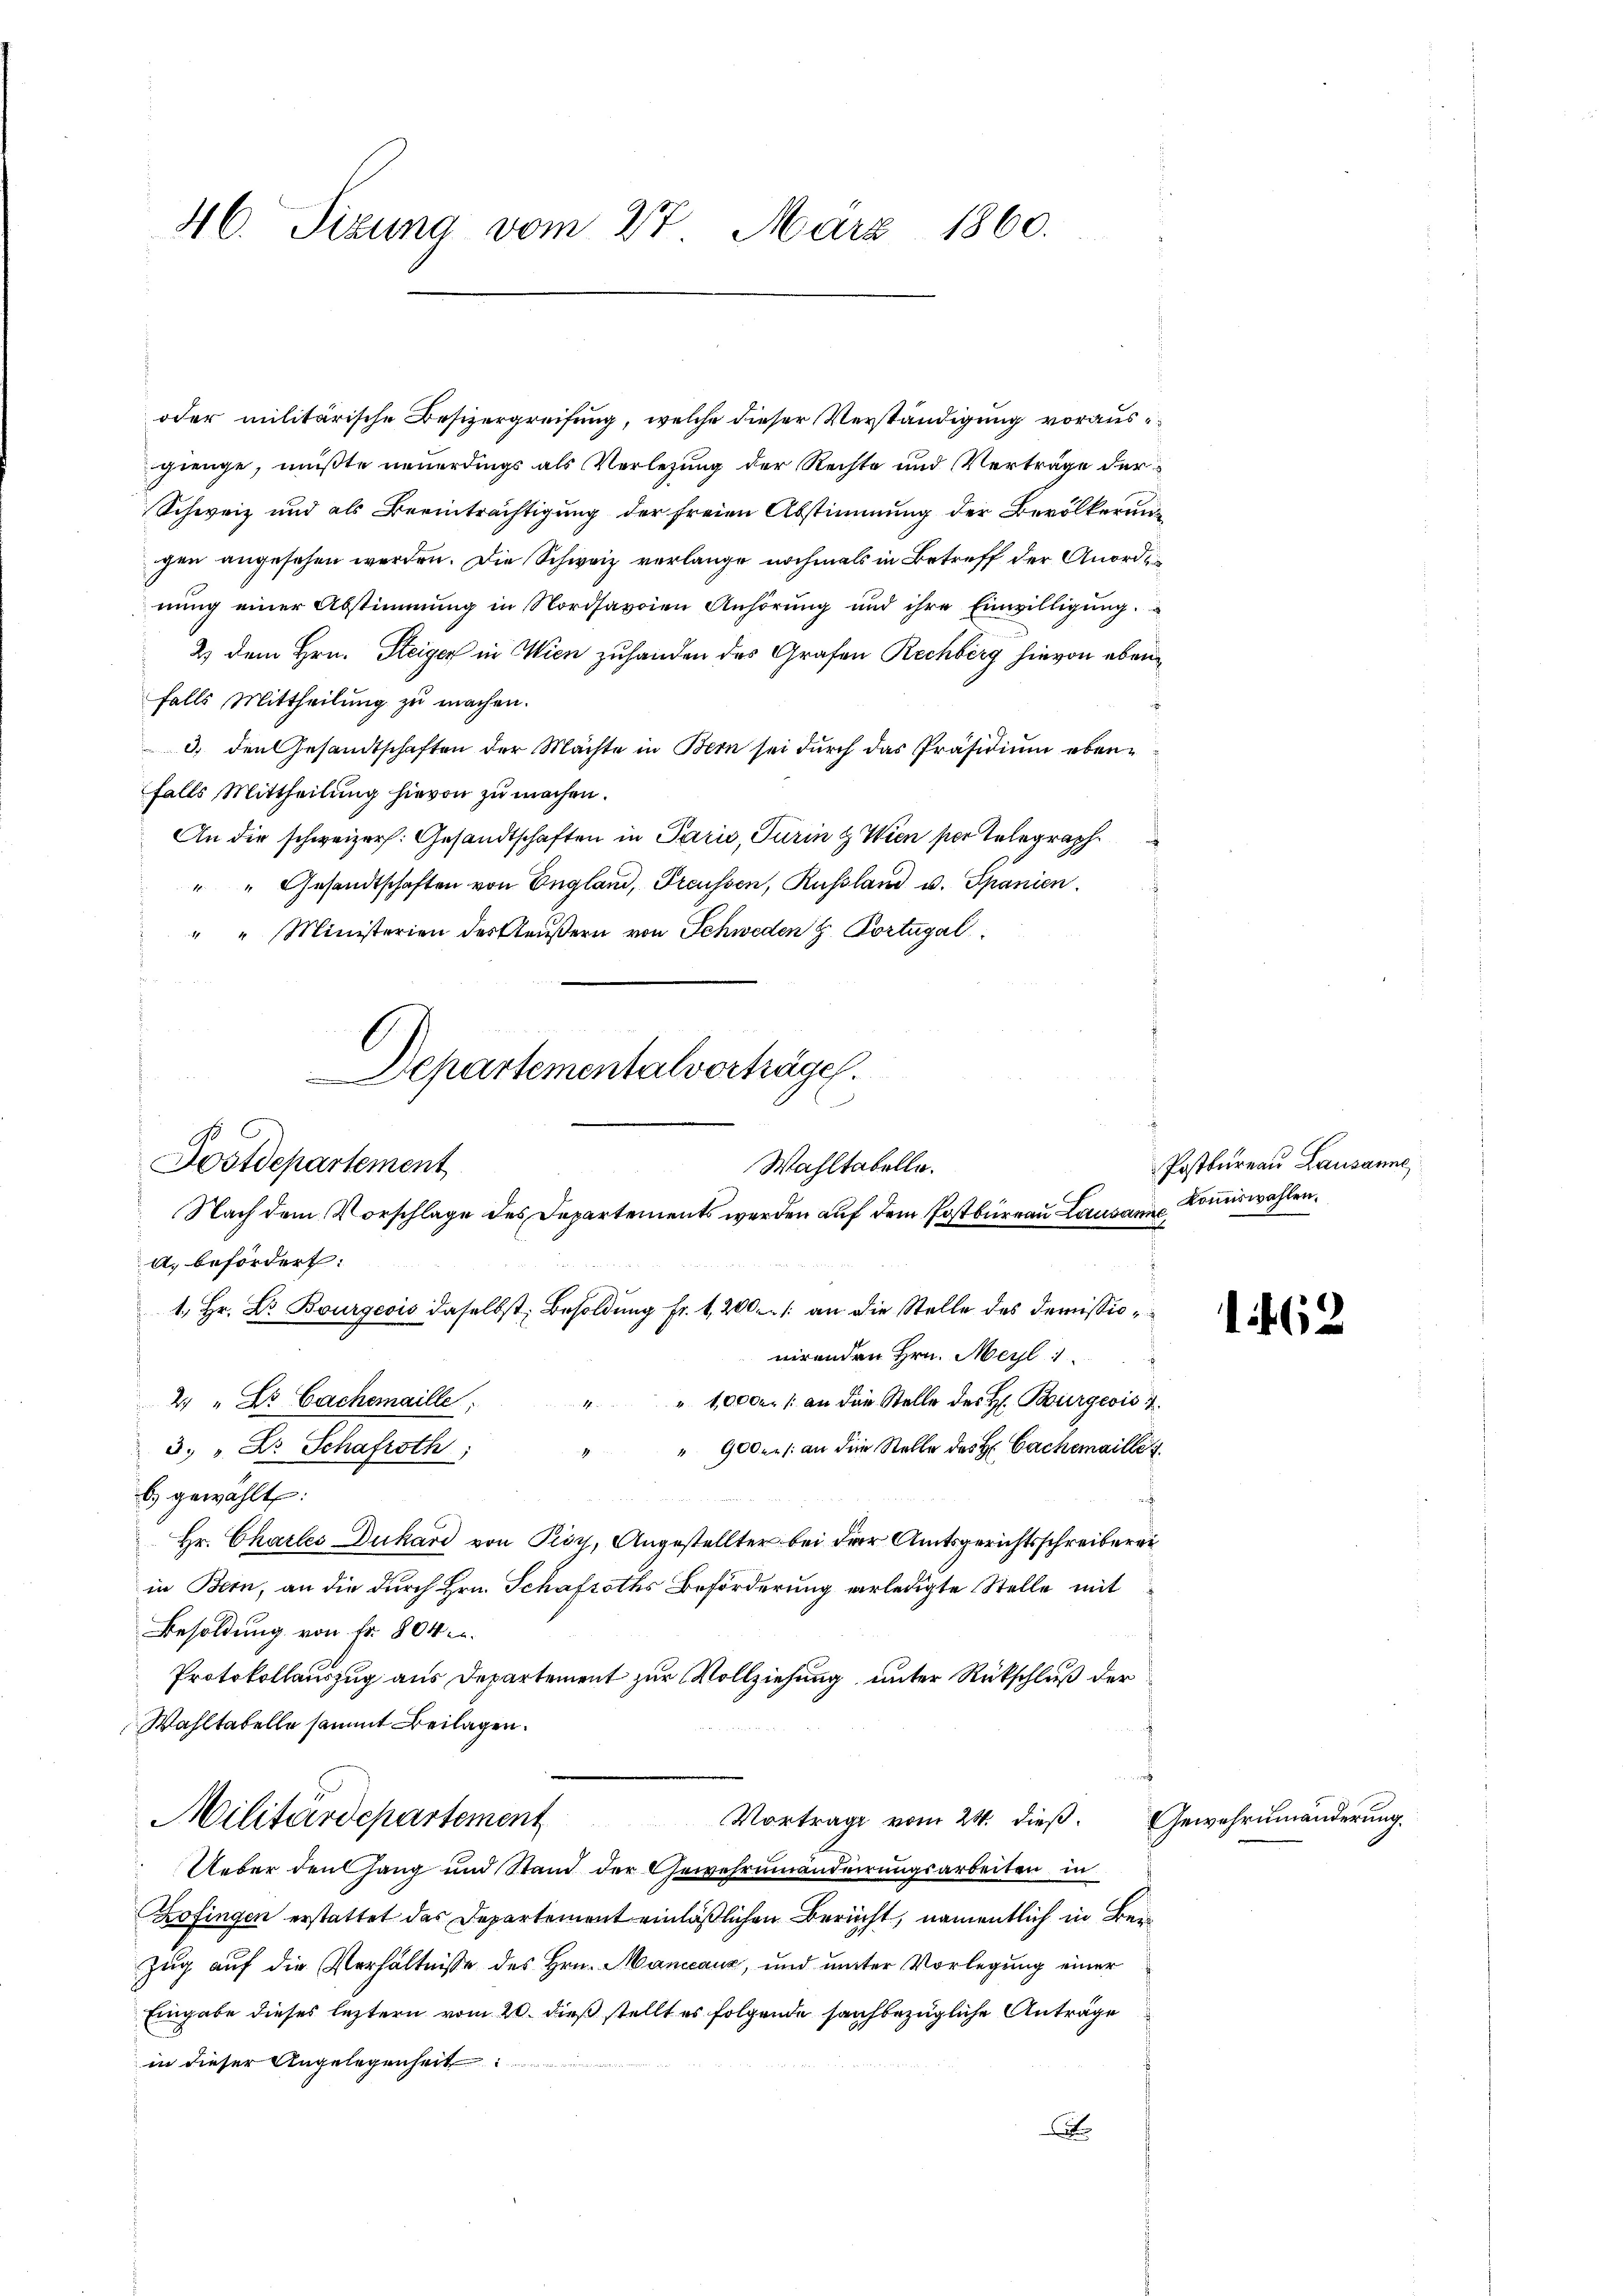
46. Sizung vom 27. März 1860.

oder militärische Besizergreifung, welche dieser Verständigung vorausgienge, müßte neuerdings als Verlegung der Rechte und Verträge der¬
Schweiz und als Beeinträchtigung der freien Abstimmung der Bevölkerung
gen angesehen werden. Die Schweiz verlange nochmals in Betreff der Anordes
nung einer Abstimmung in Nordsavoien Anhörung und ihre Einwilligung.
2) dem Hrn. Steiger in Wien zuhanden des Grafen Rechberg hievon ebenfalls Mittheilung zu machen.
3) den Gesandtschaften der Machte in Bern sei durch das Präsidium ebenfalls Mittheilung hievon zu machen.
An die schweizer: Gesandtschaften in Paris, Turin & Wien per Telegraph
" " Gesandtschaften von England, Freussen, Russland u. Spanien.
" " Ministerien des Aeußern von Schweden H. Portugal
A. befördert:
nirenden Hrn. Meyl 1
2 " Dr. Cachemaille,
" 10000 an die Stelle der Hr. Burgeois
3. " Dr. Schaftsth
" " 900. an die Stelle des H. Cachemaillet
b. gewählt:

Hr. Charles Dukard von Pisy, Angestellter bei der Amtsgerichtsschreiberei
in Bern, an die durch Hrn. Schafroths Beförderung verledigte Stelle mit
Besoldung von Fr. 804 u.
Protokollauszug aus Departement zur Vollziehung unter Rückschluß der
Wahltatelle sammt Beilagen.
s
1
Militärdepartement Vortrage vom 24. dieß. Gewehrumänderung
Ueber den Gang und Stand der Gewehrammanderrungsarbeiten in
Zofingen erstattet das Departement einläßlichen Bericht, namentlich in Ber
Zug auf die Verhältnisse des Hrn. Mancanz, und unter Vorlegung einer
Eingabe dieses leztern vom 20. dieß stellt es folgende sachbezügliche Anträge
in dieser Angelegenheit:
x

.
Departementalvorträge.
Postdepartement
Wahltabelle.
Nach dem Vorschlage des Departements werden auf dem Postbüreau Lausann Kommiswahlen¬
1. Hr. Dr. Bourgeois daselbst Besoldung Fr. 1200. /: an die Stelle des Demissio¬

Postbureau Lausanne

1462